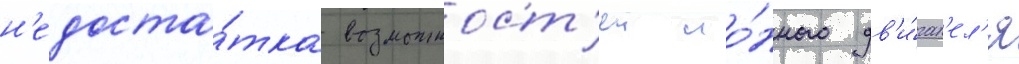
н'едоста́тка возможност'еи ио́нного дв'и́гат'ел'я